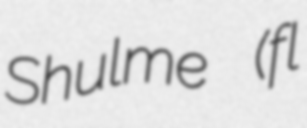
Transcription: Shulme (fl